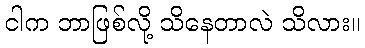
ငါက ဘာဖြစ်လို့ သိနေတာလဲ သိလား။